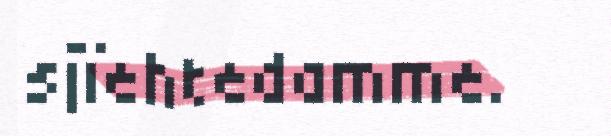
sjïehtedamme.